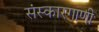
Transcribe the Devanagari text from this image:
संस्कारगाणी